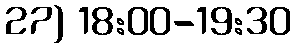
27) 18:00-19:30